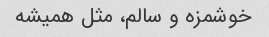
خوشمزه و سالم، مثل همیشه